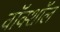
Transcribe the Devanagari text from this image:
वॉक्शॉल